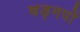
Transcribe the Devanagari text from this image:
चड्गपों